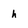
Character: h